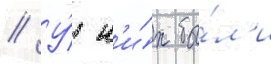
// У́ н'и́х бы́л'и